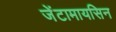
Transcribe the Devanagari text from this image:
जेंटामायसिन